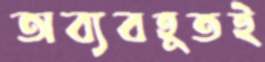
অব্যবহূতই